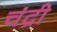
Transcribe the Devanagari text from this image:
चंद्री